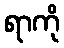
ရာကို